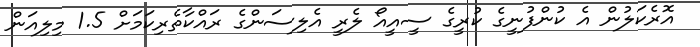
އޮރެކަލުން އެ ކުންފުނީގެ ކުރީގެ ސީއީއޯ ލެރީ އެލިސަންގެ ރައްކާތެރިކަމަށް 1.5 މިލިއަން